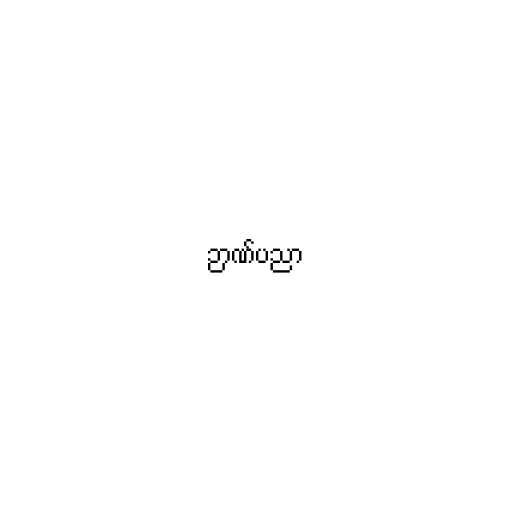
ဉာဏ်ပညာ